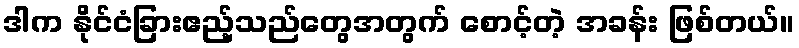
ဒါက နိုင်ငံခြားဧည့်သည်တွေအတွက် စောင့်တဲ့ အခန်း ဖြစ်တယ်။